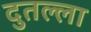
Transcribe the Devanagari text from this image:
दुतल्ला